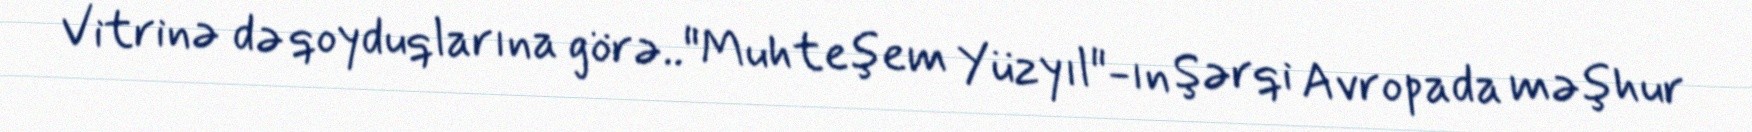
Vitrinə də qoyduqlarına görə.."Muhteşem Yüzyıl"-ın Şərqi Avropada məşhur